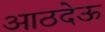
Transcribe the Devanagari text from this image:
आठदेऊ